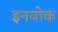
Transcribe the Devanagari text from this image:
इनवोक